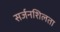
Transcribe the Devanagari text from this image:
सर्जनशिलता